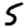
Digit: 5